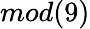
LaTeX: mod(9)